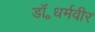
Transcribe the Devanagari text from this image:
डॉ॰धर्मवीर